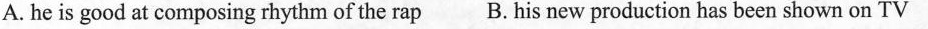
A. he is good at composing rhythm of the rap B. His new production has been shown on TV